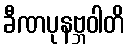
ခီဏပုနဗ္ဘဝါတိ